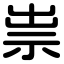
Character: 祟